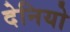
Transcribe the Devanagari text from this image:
देनियो